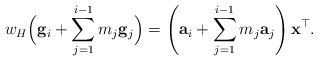
\begin{align*}w_H \Bigl( \mathbf{g}_i + \sum_{j=1}^{i-1} m_j \mathbf{g}_j \Bigr) &= \left( \mathbf{a}_i + \sum_{j=1}^{i-1} m_j \mathbf{a}_j \right) \mathbf{x}^\top.\end{align*}